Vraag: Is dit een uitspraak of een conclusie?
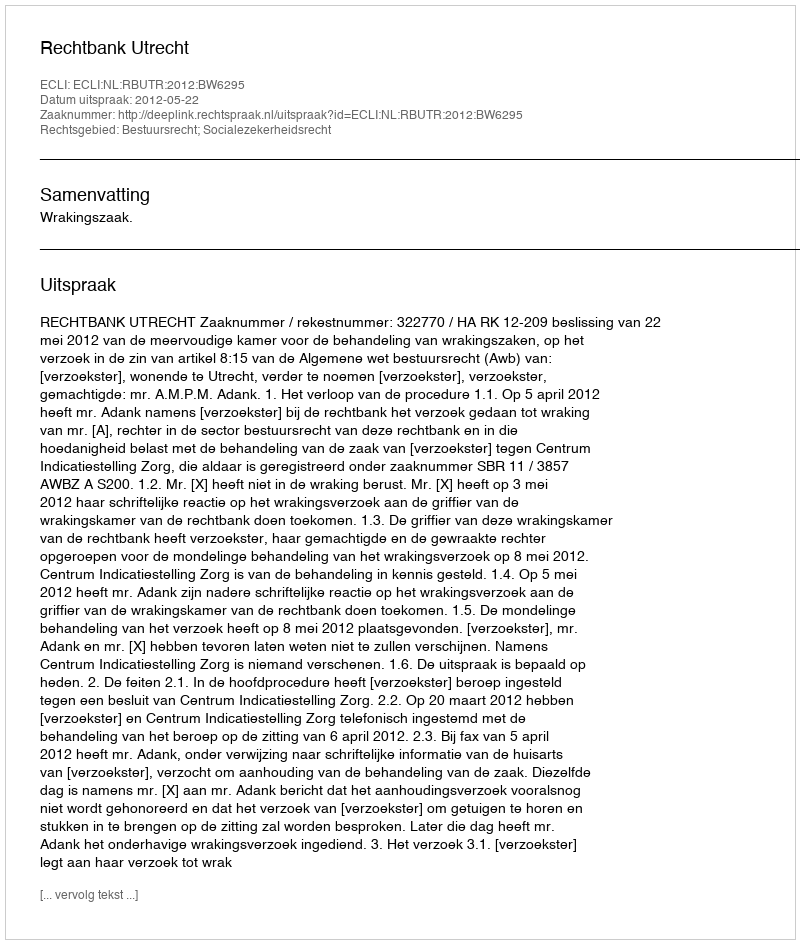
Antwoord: Uitspraak